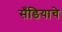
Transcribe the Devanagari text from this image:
सँडियाचे